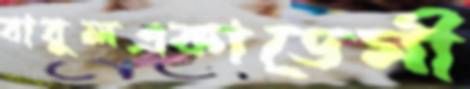
বাবুলএকাডেমী